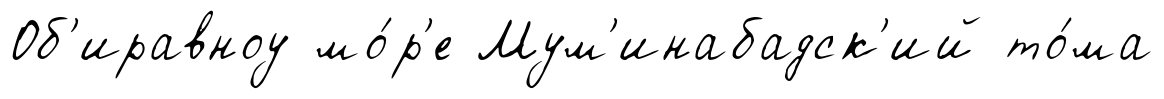
Об'иравноу мо́р'е Мум'инабадск'ий то́ма